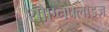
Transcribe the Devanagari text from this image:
शौएनफ्लाइज़